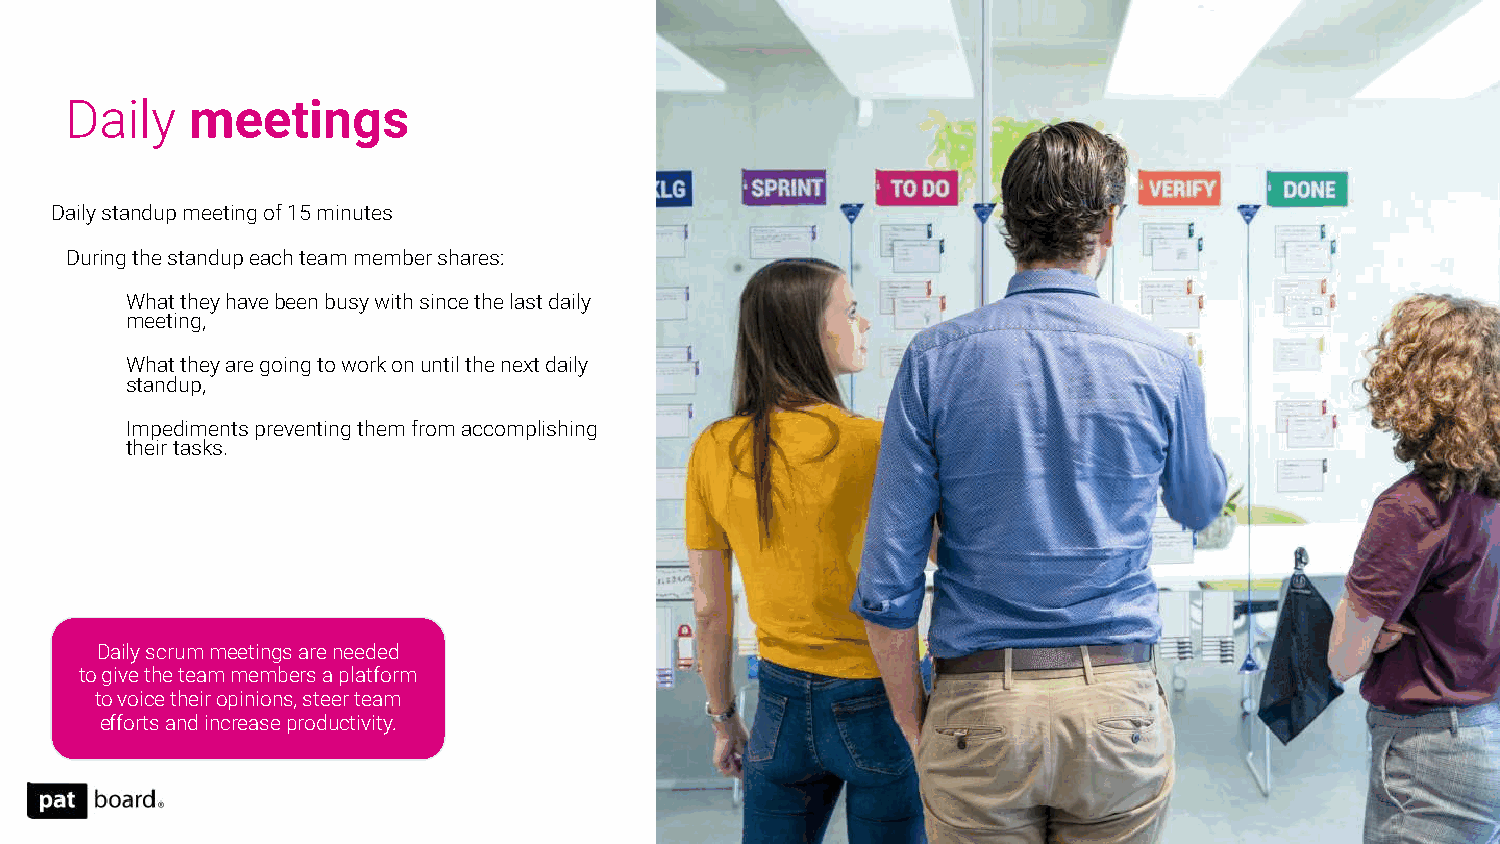
Daily    meetings
 Daily standup meeting of 15 minutes
 During the standup each team member shares:
 What they have been busy with since the last daily
 meeting,
 What they are going to work on until the next daily
 standup,
 Impediments preventing them from accomplishing
 their tasks.
 Daily scrum meetings are needed
 to give the team members a platform
 to voice their opinions, steer team
 efforts and increase productivity.